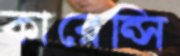
কারেন্সি